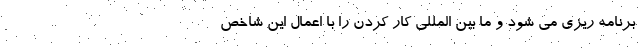
برنامه ریزی می شود و ما بین المللی کار کردن را با اِعمال این شاخص